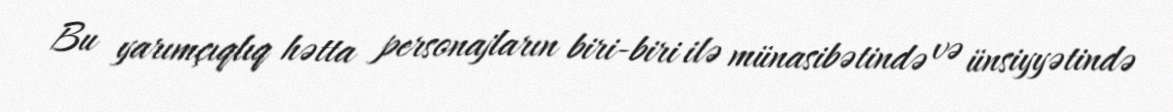
Bu yarımçıqlıq hətta personajların biri-biri ilə münasibətində və ünsiyyətində